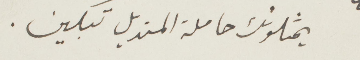
يمثلونك حاملة المنديل تبكين.